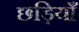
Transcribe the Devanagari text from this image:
छड़ियाँ